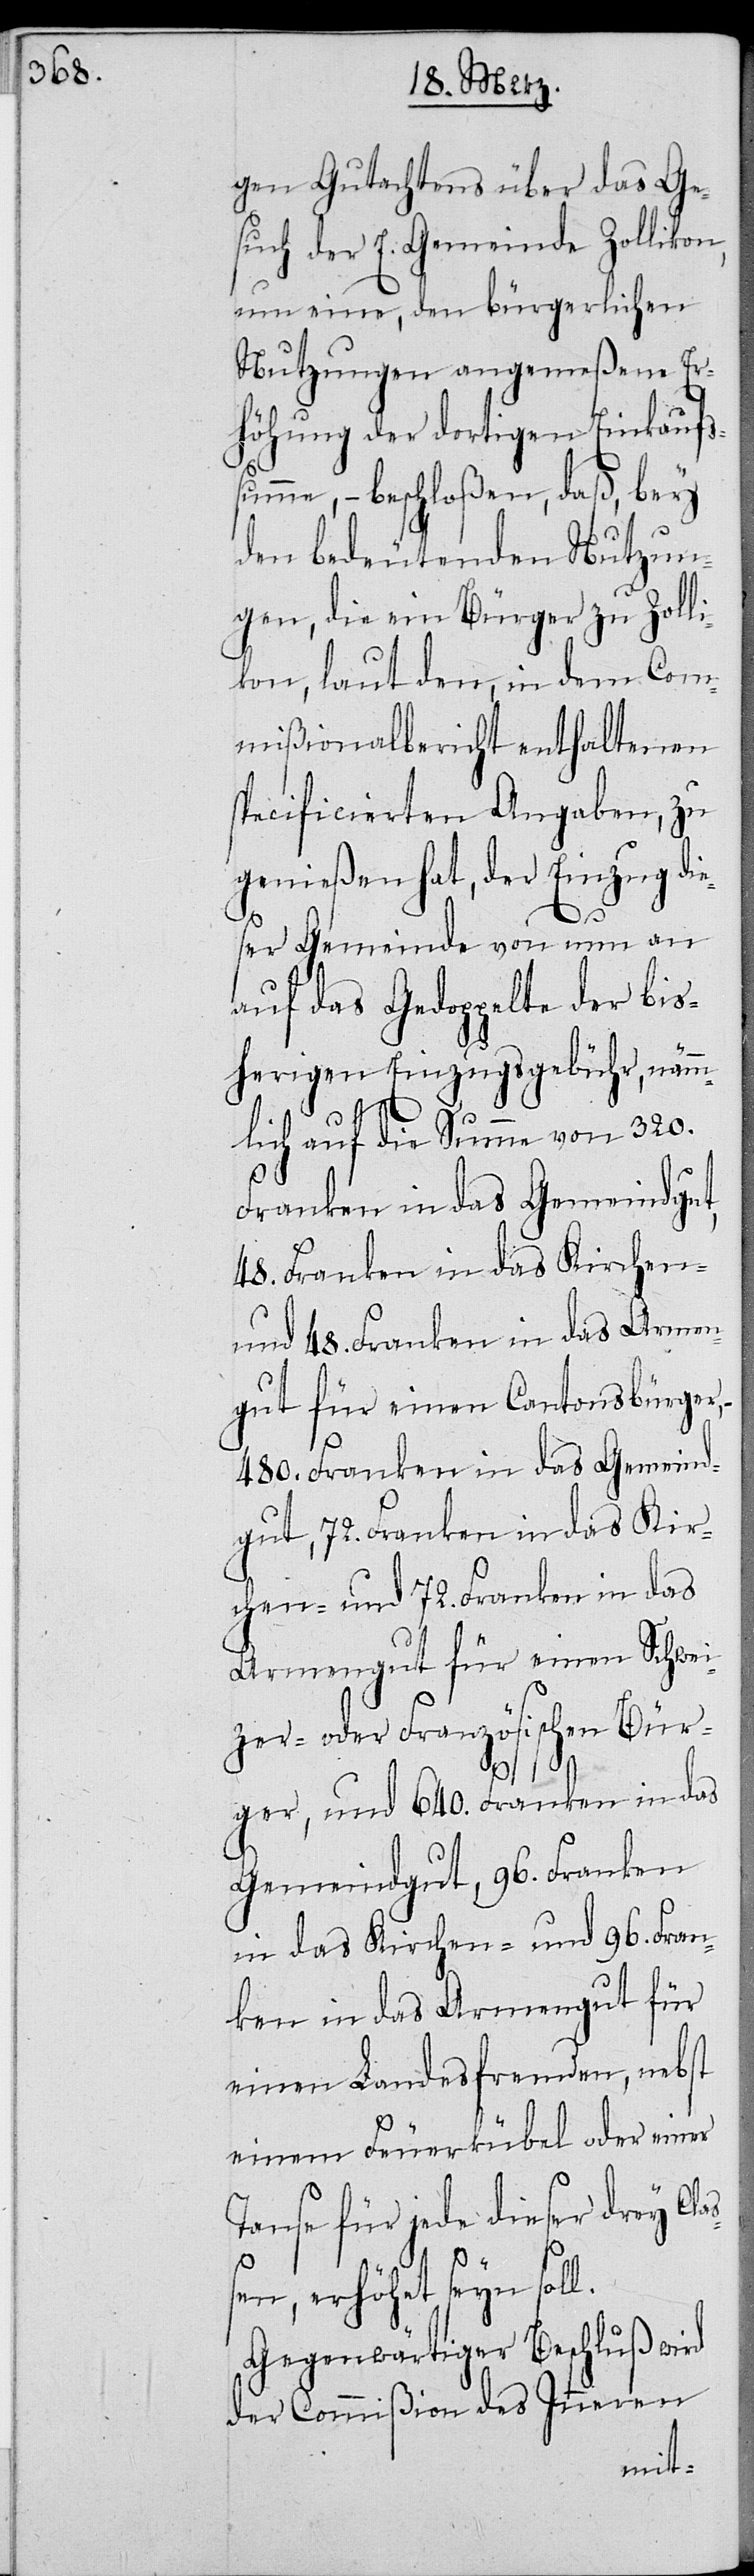
gen Gutachtens über das Ge¬
such der E. Gemeinde Zollikon,
um eine, den bürgerlichen
Nutzungen angemeßene Er¬
höhung der dortigen Einkaufs¬
summe, – beschloßen, daß, bey
den bedeutenden Nutzun¬
gen, die ein Bürger zu Zoll¬
ikon, laut den, in dem Com¬
mißionalbericht enthaltenen
specificierten Angaben, zu
genießen hat, der Einzug die¬
ser Gemeinde von nun an
auf das Gedoppelte der bis¬
herigen Einzugsgebühr, nämm¬
lich auf die Summe von 320.
Franken in das Gemeindgut,
48. Franken in das Kirchen-
und 48. Franken in das Armen¬
gut für einen Cantonsbürger,
480. Franken in das Gemeind¬
gut, 72. Franken in das Kir¬
chen- und 72. Franken in das
Armengut für einen Schwei¬
zer- oder Französischen Bür¬
ger, und 640. Franken in das
Gemeindgut, 96. Franken
in das Kirchen- und 96. Fran¬
ken in das Armengut für
einen Landsfremden, nebst
einem Feuerkübel oder einer
Tanse für jede dieser drey Cla¬
ßen, erhöht seyn soll.
Gegenwärtiger Beschluß wird
der Commißion des Inneren